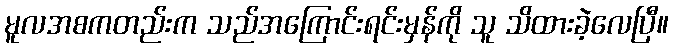
မူလအစကတည်းက သည်အကြောင်းရင်းမှန်ကို သူ သိထားခဲ့လေပြီ။